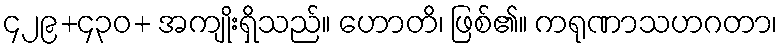
၄၂၉+၄၃၀+ အကျိုးရှိသည်။ ဟောတိ၊ ဖြစ်၏။ ကရုဏာသဟဂတာ၊